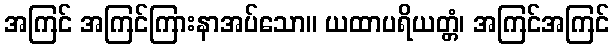
အကြင် အကြင်ကြားနာအပ်သော။ ယထာပရိယတ္တံ၊ အကြင်အကြင်